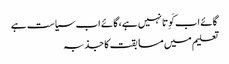
گائے اب کَوِتا نہیں ہے، گائے اب سیاست ہے
تعلیم میں مسابقت کا جذبہ